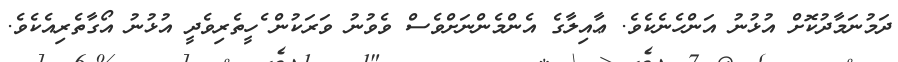
ދަމުނަމާދުކޮށް އުޅުނު އަންހެނެކެވެ. ޢާއިލާގެ އެންމެންނަށްވެސް ވެވުނު ވަރަކުން ެހީތެރިވެދީ އުޅުނު އޯގާތެރިއެކެވެ.